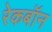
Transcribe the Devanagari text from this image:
रेकबॉन